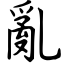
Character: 亂